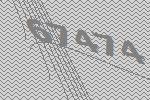
67474